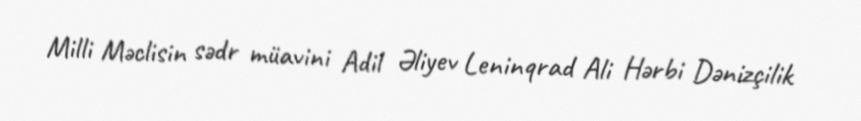
Milli Məclisin sədr müavini Adil Əliyev Leninqrad Ali Hərbi Dənizçilik